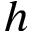
h